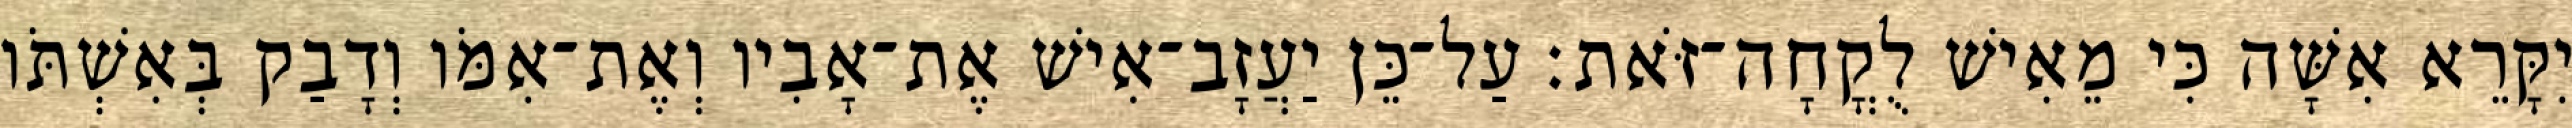
יִקָּרֵא אִשָּׁה כִּי מֵאִישׁ לֻקֳחָה־זֹּאת׃ עַל־כֵּן יַעֲזָב־אִישׁ אֶת־אָבִיו וְאֶת־אִמֹּו וְדָבַק בְּאִשְׁתֹּו